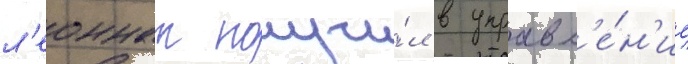
л'еоннат получи́л в управл'е́н'ие